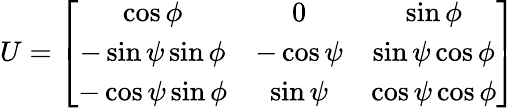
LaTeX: U=\left[\begin{array}{ccc}{{\cos\phi}}&{{0}}&{{\sin\phi}}\\ {{-\sin\psi\sin\phi}}&{{-\cos\psi}}&{{\sin\psi\cos\phi}}\\ {{-\cos\psi\sin\phi}}&{{\sin\psi}}&{{\cos\psi\cos\phi}}\end{array}\right]